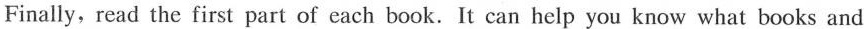
Finally, read the first part of each book. It can help you know what books and